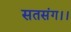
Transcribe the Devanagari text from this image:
सतसंग।।